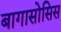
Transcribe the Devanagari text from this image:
बागासोसिस